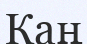
Каң